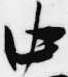
中